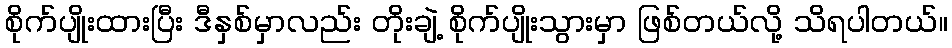
စိုက်ပျိုးထားပြီး ဒီနှစ်မှာလည်း တိုးချဲ့ စိုက်ပျိုးသွားမှာ ဖြစ်တယ်လို့ သိရပါတယ်။